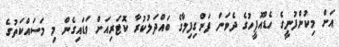
އަށް މިކުންފުނީގެ ހެޑްއޮފީހުގެ ދެވަނަ ފަންގިފިލާގެ ބައްދަލުކުރާ ކޮޓަރިއަށް ވަޑައިގެން މި މަސައްކަތުގެ